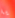
يا